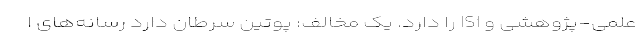
علمی-پژوهشی و ISI را دارد. یک مخالف: پوتین سرطان دارد رسانه‌های ا